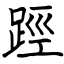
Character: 踁